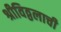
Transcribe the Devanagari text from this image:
श्रीविठ्ठलाची